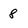
Character: 8